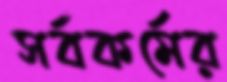
সর্বকর্মের